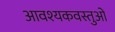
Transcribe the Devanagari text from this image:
आवश्यकवस्तुओं